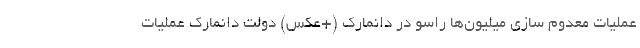
عملیات معدوم سازی میلیون‌ها راسو در دانمارک (+عکس) دولت دانمارک عملیات